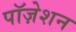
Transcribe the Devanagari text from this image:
पॉज़ेशन